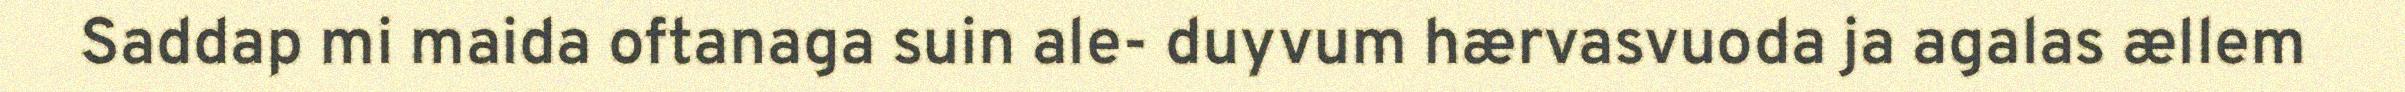
Saddap mi maida oftanaga suin ale- duyvum hærvasvuoda ja agalas ællem